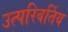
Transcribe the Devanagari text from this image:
उत्परिवर्तिय